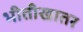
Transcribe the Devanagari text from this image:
भीतीखातर